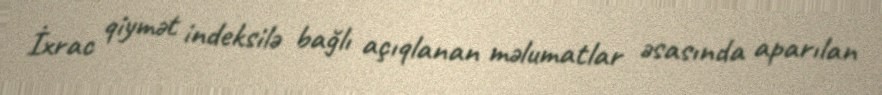
İxrac qiymət indeksilə bağlı açıqlanan məlumatlar əsasında aparılan